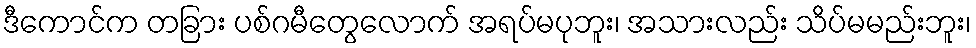
ဒီကောင်က တခြား ပစ်ဂမီတွေလောက် အရပ်မပုဘူး၊ အသားလည်း သိပ်မမည်းဘူး၊